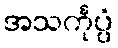
အသင်္ကုပ္ပံ